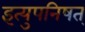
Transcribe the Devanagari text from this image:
इत्युपनिषत्‌